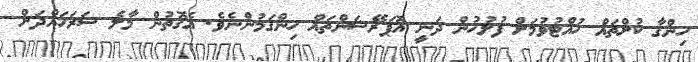
ހިންގާ ކުށްތައް ހުއްޓުވުމަށް ފުލުހުން ދަނީ އޮޕަރޭޝަންތައް ހިންގަމުންނެވެ. އެގޮތުން މާލެ ސަރަހައްދަށް